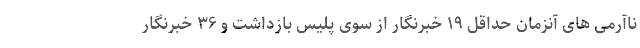
ناآرمی های آنزمان حداقل ۱۹ خبرنگار از سوی پلیس بازداشت و ۳۶ خبرنگار